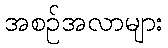
အစဉ်အလာများ